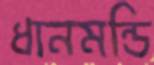
ধানমন্ডি